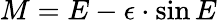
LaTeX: M=E-\epsilon\cdot\sin E